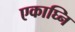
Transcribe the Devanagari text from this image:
एकाघ्नि